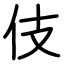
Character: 伎